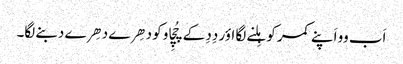
اَب وو اَپنے کمر کو ہِلنے لگا اؤر دِدِ کے چُچِاو کو دھِرے دھِرے دبنے لگا۔